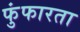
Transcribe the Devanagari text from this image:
फुंफारता